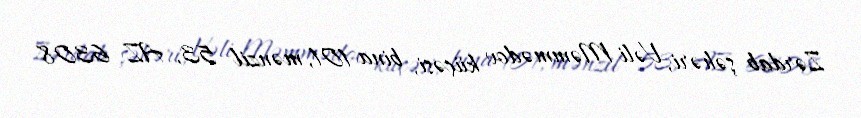
Zərdab şəhəri, Vəli Məmmədov küçəsi, bina 101, mənzil 53, AZ 6308